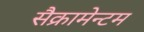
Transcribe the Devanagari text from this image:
सैक्रामेन्टम